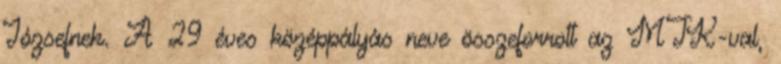
Józsefnek. A 29 éves középpályás neve összeforrott az MTK-val,